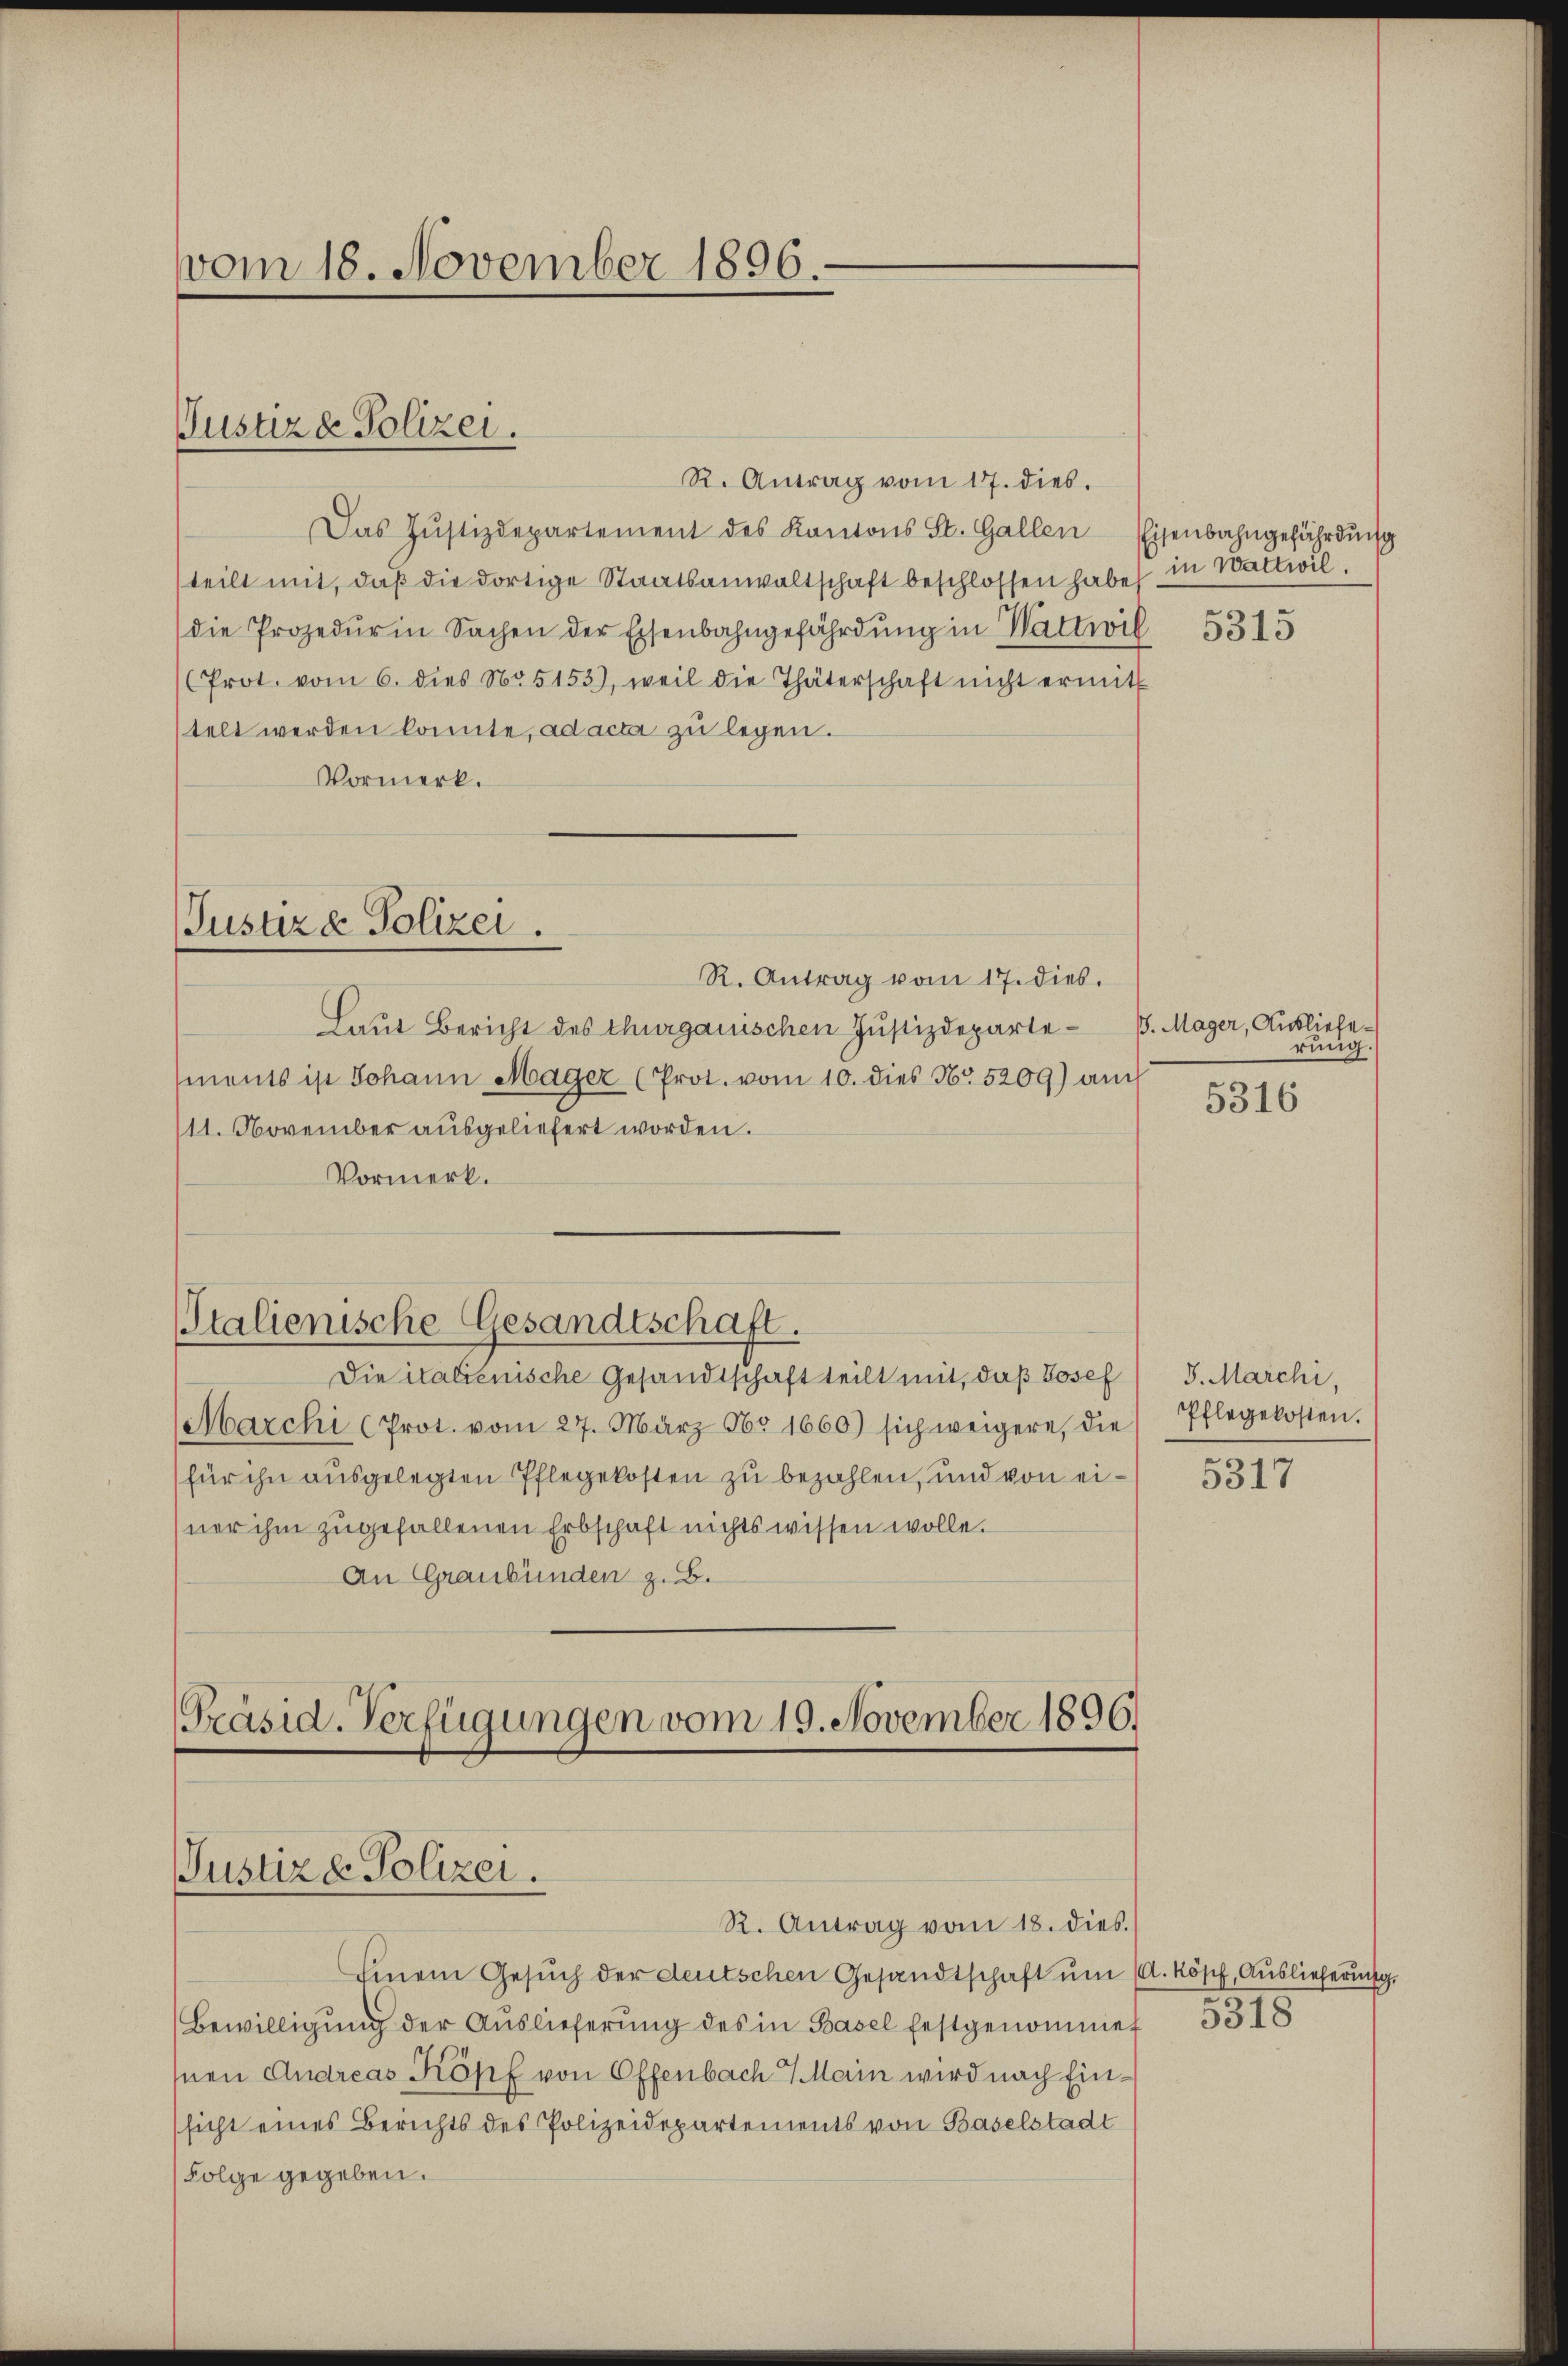
vom 18. November 1896.

Justiz & Polizei.

R. Antrag vom 17. dies.
Das Jŭstizdepartement des Kantons St. Gallen Eisenbahngefährdŭng
teilt mit, daß die dortige Staatsanwaltschaft beschlossen habe in Wattwil
die Prozedur in Sachen der Eisenbahngefährdŭng in Wattwil 5315
(Prot. vom 6. dies No 5153), weil die Thäterschaft nicht ermitt
telt werden konnte, ad acta zu legen.
Vormerk.

Justiz & Polizei.

R. Antrag vom 17. dies.
Laut Bericht des Thurgauischen Justizdepartements ist Johann Mager (Prot. vom 10. dies No. 5209) an
111. November ausgeliefert worden.
Vormerk.

Stalienische Gesandtschaft.

Die italienische Gesandtschaft teilt mit, daß Josef / 5. Marchi,
Marchi (Prot. vom 27. März 565. 1660) sich weigere, die Pflegekosten.
für ihn ausgelegten Pflegekosten zu bezahlen, und von einer ihm zugefallenen Erbschaft nichts wissen wolle.
An Graubünden z.B.

Präsid. Verfügungen vom 19. November 1896.
Justiz & Polizei.
R. Antrag vom 18. dies.

Einein Gesŭch der deutschen Gesandtschaft ŭm A. Kösch, Auslieferung
Bewilligung der Auslieferung des in Basel festgenommet 5318
Inen Andreas Köpf von Offenbach 7 Main wird nach Einsicht eines Berichts des Polizeidepartements von Baselstadt
Folge gegeben.

. Mager, Ausliefe
rung.
ich

5316

5317